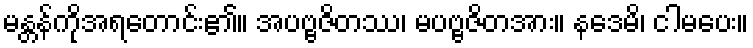
မန္တန်ကိုအရတောင်း၏။ အပဗ္ဗဇိတဿ၊ မပဗ္ဗဇိတအား။ နဒေမိ၊ ငါမပေး။